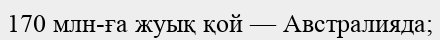
170 млн-ға жуық қой — Австралияда;